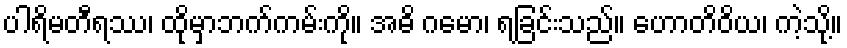
ပါရိမတီရဿ၊ ထိုမှာဘက်ကမ်းကို။ အဓိ ဂမော၊ ရခြင်းသည်။ ဟောတိဝိယ၊ ကဲ့သို့။